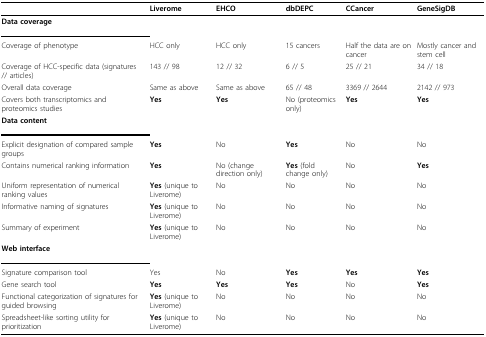
|  | Liverome | EHCO | dbDEPC | CCancer | GeneSigDB |
 | --- | --- | --- | --- | --- | --- |
 | Data coverage |  |  |  |  |  |
 | Coverage of phenotype | HCC only | HCC only | 15 cancers | Half the data are on cancer | Mostly cancer and stem cell |
 | Coverage of HCC-specific data (signatures // articles) | 143 // 98 | 12 // 32 | 6 // 5 | 25 // 21 | 34 // 18 |
 | Overall data coverage | Same as above | Same as above | 65 // 48 | 3369 // 2644 | 2142 // 973 |
 | Covers both transcriptomics and proteomics studies | Yes | Yes | No (proteomics only) | Yes | Yes |
 | Data content |  |  |  |  |  |
 | Explicit designation of compared sample groups | Yes | No | Yes | No | No |
 | Contains numerical ranking information | Yes | No (change direction only) | Yes (fold change only) | No | Yes |
 | Uniform representation of numerical ranking values | Yes (unique to Liverome) | No | No | No | No |
 | Informative naming of signatures | Yes (unique to Liverome) | No | No | No | No |
 | Summary of experiment | Yes (unique to Liverome) | No | No | No | No |
 | Web interface |  |  |  |  |  |
 | Signature comparison tool | Yes | No | Yes | Yes | Yes |
 | Gene search tool | Yes | Yes | Yes | No | Yes |
 | Functional categorization of signatures for guided browsing | Yes (unique to Liverome) | No | No | No | No |
 | Spreadsheet-like sorting utility for prioritization | Yes (unique to Liverome) | No | No | No | No |